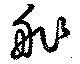
舴